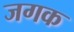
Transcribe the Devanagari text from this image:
जगक